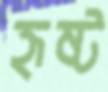
হৃষ্ট